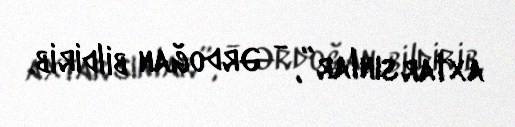
axtarsınlar”, - Ərdoğan bildirib.